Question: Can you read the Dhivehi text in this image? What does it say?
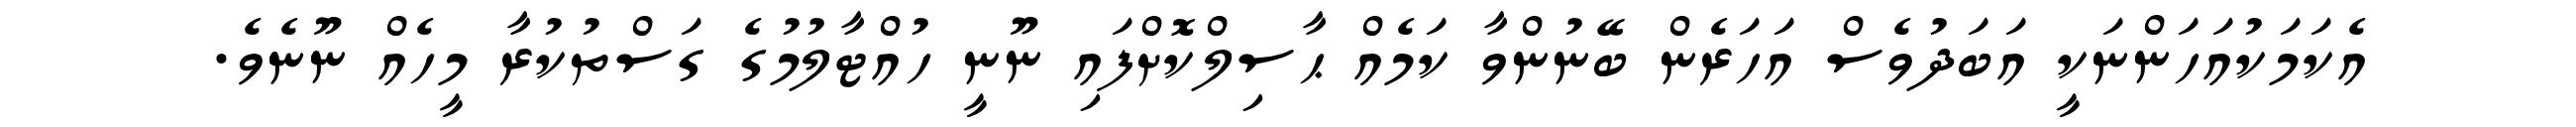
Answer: އެކަމަކުއަހަންނަކީ އަބަދުވެސް އަހަރެން ބޭނުންވާ ކަމެއް ޙާސިލްކޮށްފައި ނޫނީ ހުއްޓާލުމުގެ ގަސްތުކުރާ މީހެއް ނޫނެވެ.